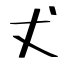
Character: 𠀋